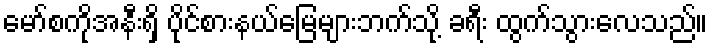
မော်စကိုအနီးရှိ ပိုင်စားနယ်မြေများဘက်သို့ ခရီး ထွက်သွားလေသည်။